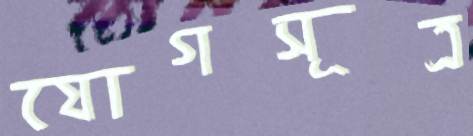
যোগসূত্র